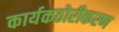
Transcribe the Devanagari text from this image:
कार्यकठोरीकरण